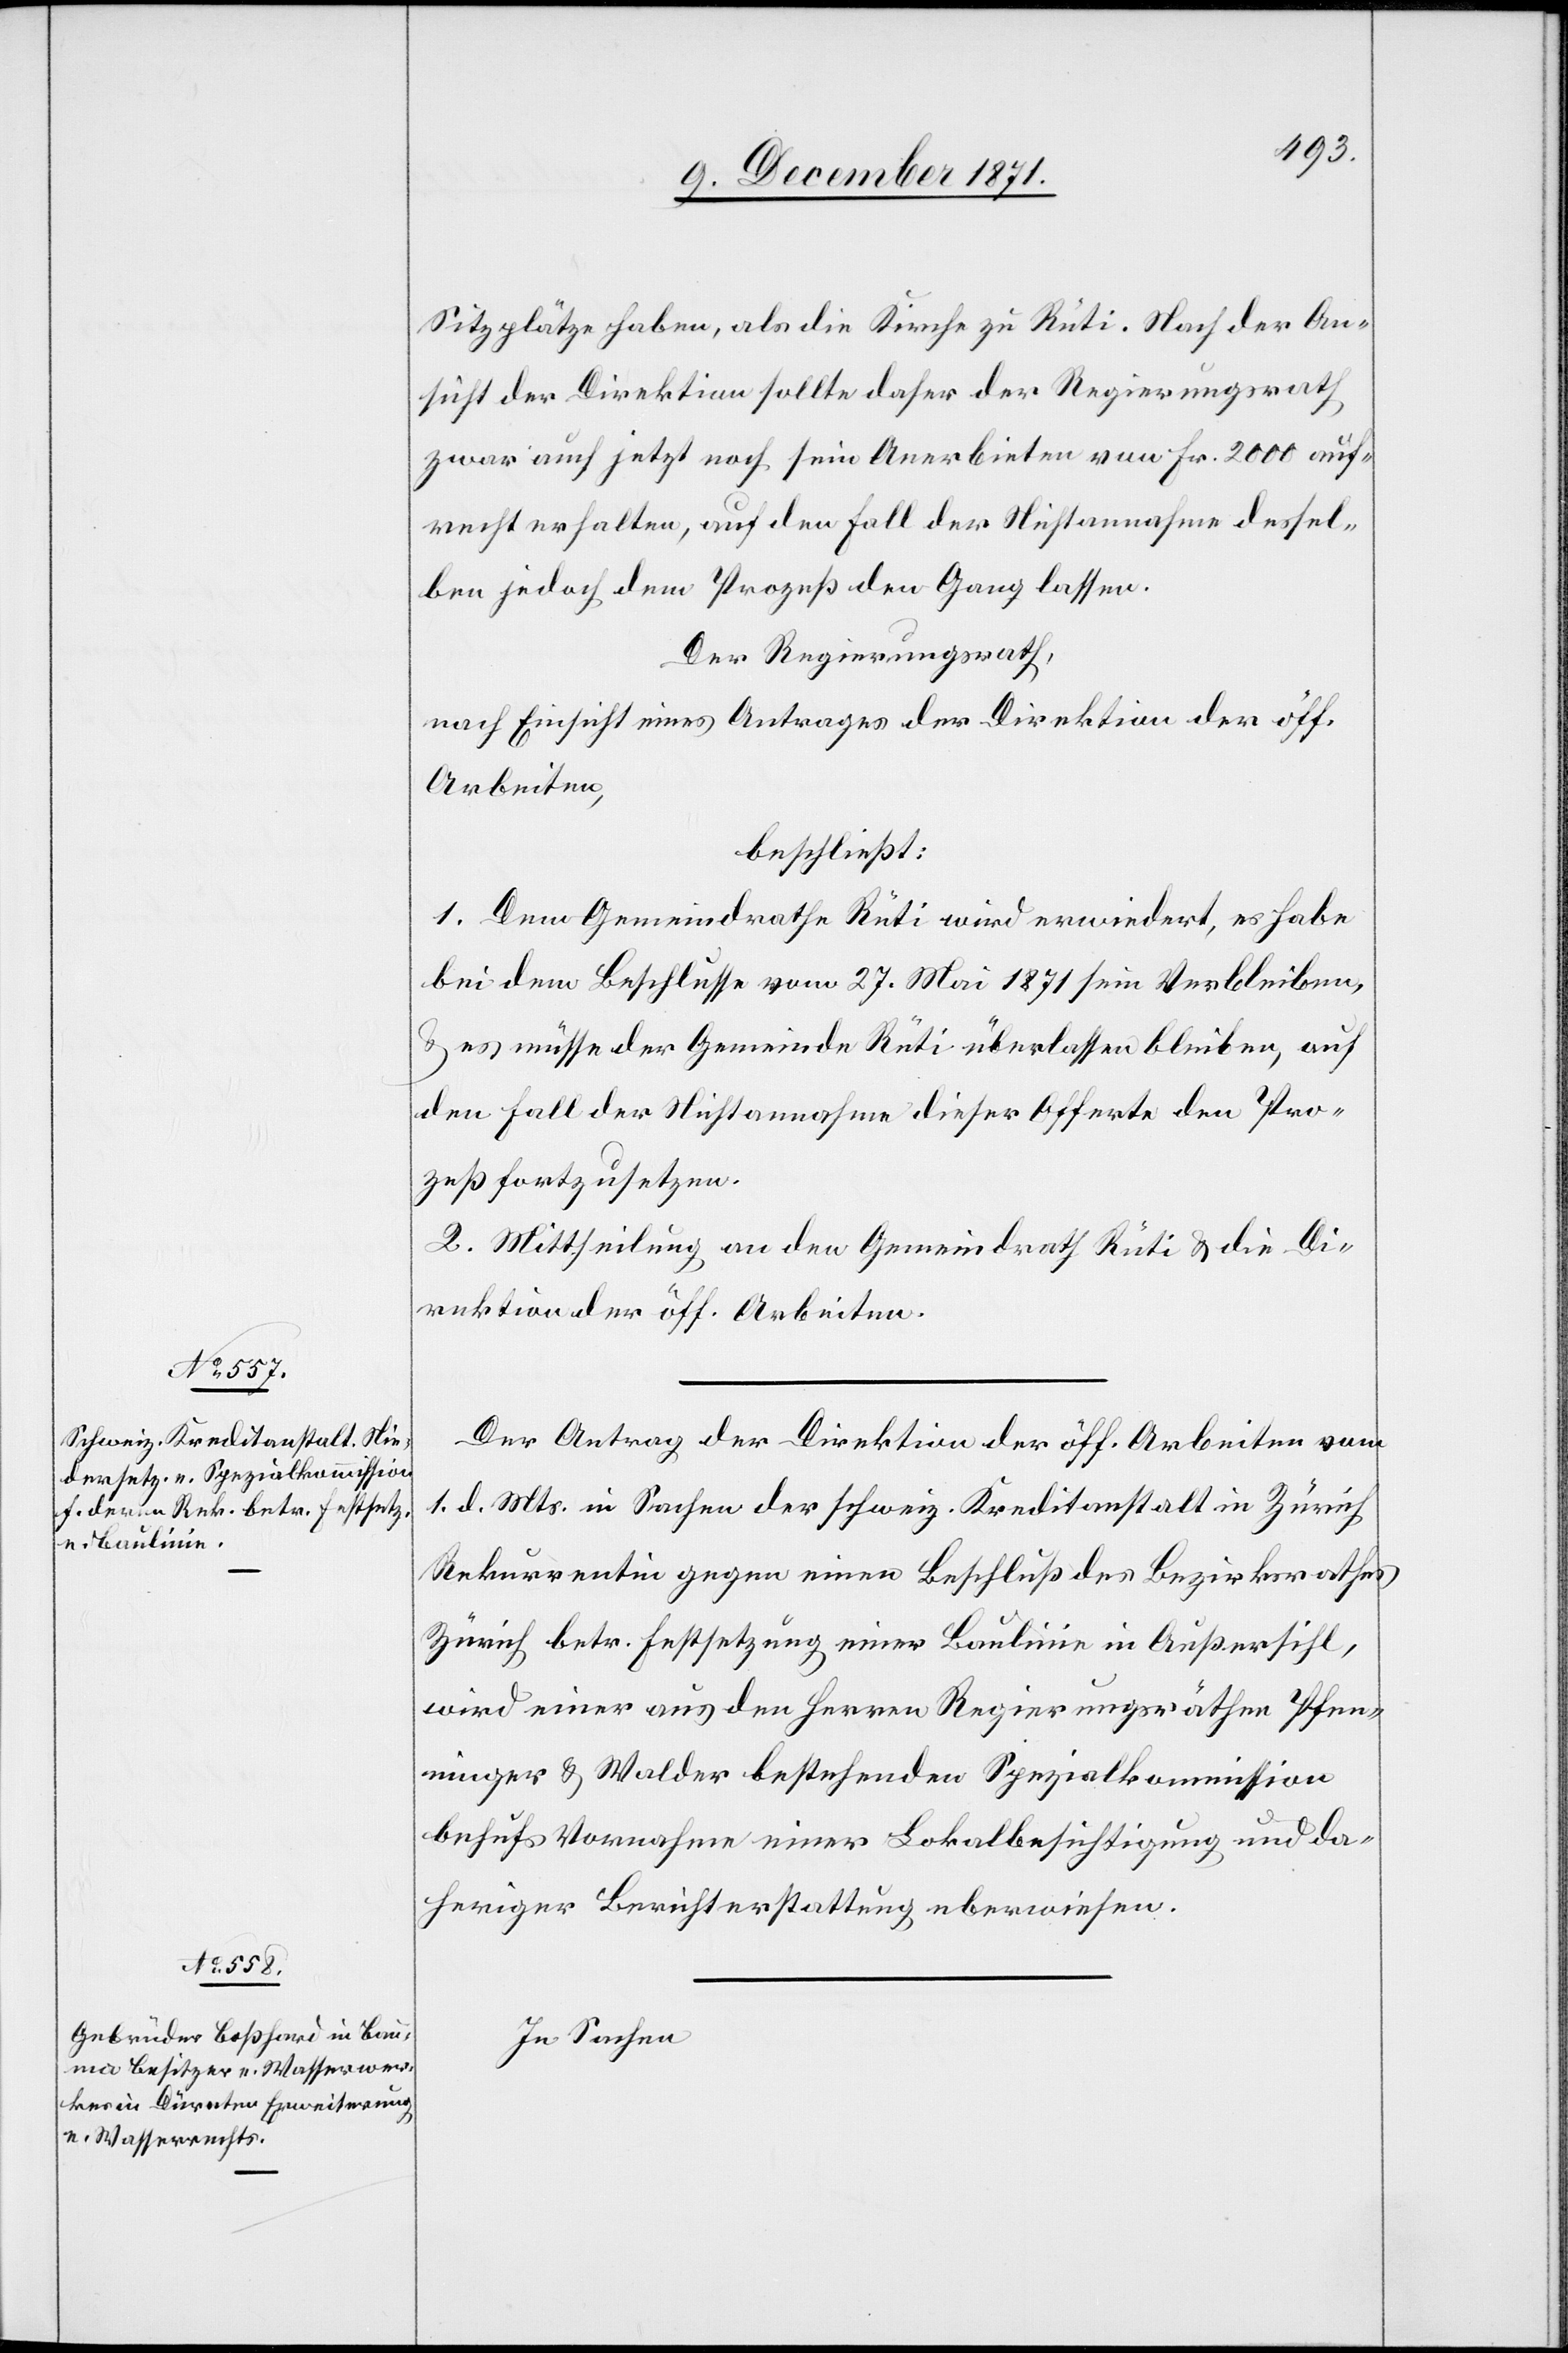
Sitzplätze haben, als die Kirche zu Rüti. Nach der An¬
sicht der Direktion sollte daher der Regierungsrath
zwar auch jetzt noch sein Anerbieten von Fr. 2000 auf¬
recht erhalten, auf den Fall der Nichtannahme dessel¬
ben jedoch dem Prozess den Gang lassen.
Der Regierungsrath,
nach Einsicht eines Antrages der Direktion der öff.
Arbeiten,
beschließt:
1. Dem Gemeindrathe Rüti wird erwiedert, es habe
bei dem Beschlusse vom 27. Mai 1871 sein Verbleiben,
& es müsse der Gemeinde Rüti überlassen bleiben, auf
den Fall der Nichtannahme dieser Offerte den Pro¬
zeß fortzusetzen.
2. Mittheilung an den Gemeindrath Rüti & die Di¬
rektion der öff. Arbeiten.
Der Antrag der Direktion der öff. Arbeiten vom
1. d. Mts. in Sachen der schweiz. Kreditanstalt in Zürich,
Rekurrentin gegen einen Beschluß des Bezirksrathes
Zürich betr. Festsetzung einer Baulinie in Außersihl,
wird einer aus den Herren Regierungsräthen Pfen¬
ninger & Walder bestehenden Spezialkommission
behufs Vornahme einer Lokalbesichtigung und da¬
heriger Berichterstattung überwiesen.
In Sachen